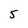
Character: 5